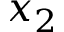
x _ { 2 }